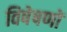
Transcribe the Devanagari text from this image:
विषेषणों